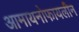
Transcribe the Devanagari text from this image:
आमायनोफायलीन